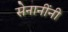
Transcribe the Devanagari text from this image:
सेनानींनी